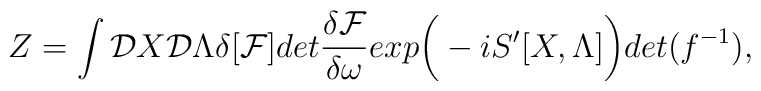
Z = \int {\cal D}X   {\cal D} \Lambda \delta [{\cal F}] det {\delta {\cal F} \over \delta \omega}exp \bigg( -i S'[X,\Lambda]\bigg) det( f^{-1}),